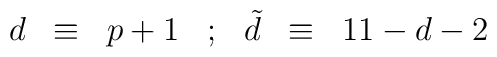
\begin{array}{ccccccc} d & \equiv & p+1 & ; & {\tilde d} & \equiv & 11 - d -2 \\\end{array}